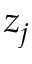
z _ { j }